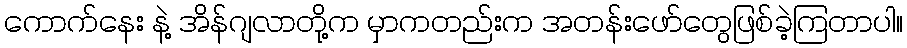
ကောက်နေး နဲ့ အိန်ဂျလာတို့က မှာကတည်းက အတန်းဖော်တွေဖြစ်ခဲ့ကြတာပါ။